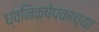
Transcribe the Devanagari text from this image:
ध्वनिक्षेपकाच्या